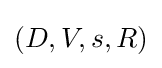
(D,V,s,R)